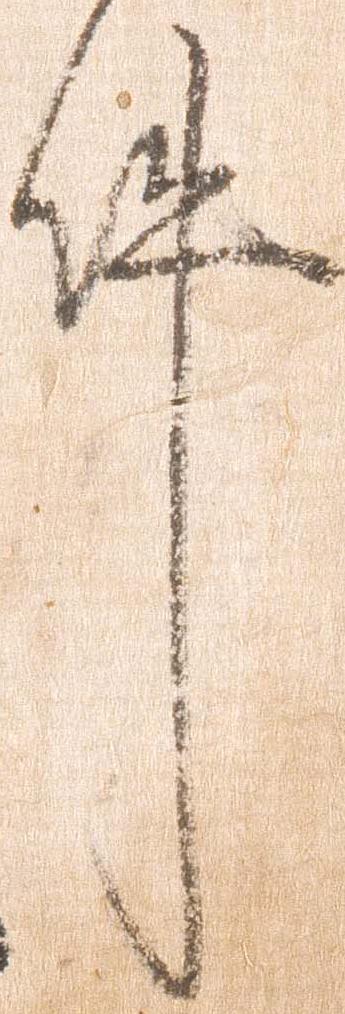
件